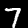
Label: 7